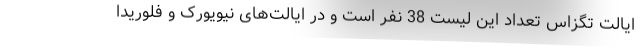
ایالت تگزاس تعداد این لیست 38 نفر است و در ایالت‌های نیویورک و فلوریدا